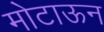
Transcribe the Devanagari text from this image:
मोटाऊन